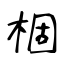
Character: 棝